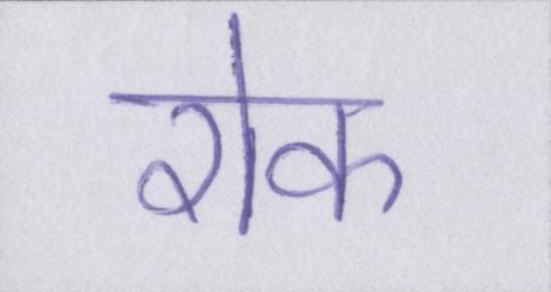
रोक